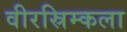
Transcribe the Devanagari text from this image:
वीरस्रिम्कला